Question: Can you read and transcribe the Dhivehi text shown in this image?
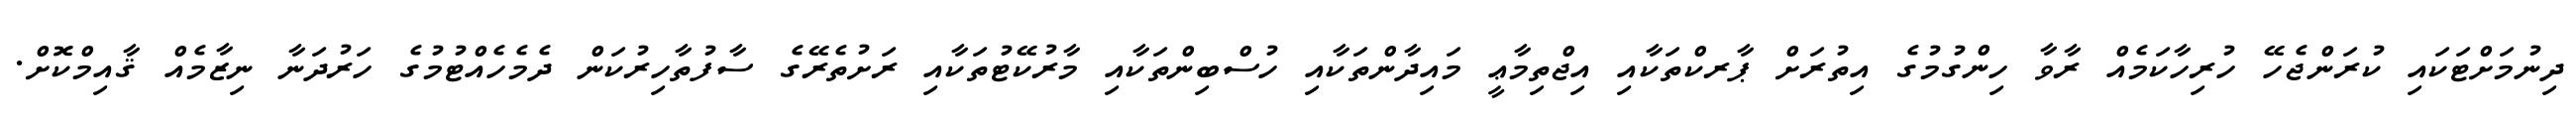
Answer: ދިނުމަށްޓަކައި ކުރަންޖެހޭ ހުރިހާކަމެއް ރާވާ ހިންގުމުގެ އިތުރަށް ޕާރކްތަކާއި އިޖްތިމާޢީ މައިދާންތަކާއި ހުސްބިންތަކާއި މާރުކޭޓުތަކާއި ރަށުތެރޭގެ ސާފުތާހިރުކަން ދެމެހެއްޓުމުގެ ހަރުދަނާ ނިޒާމެއް ޤާއިމްކޮށް.